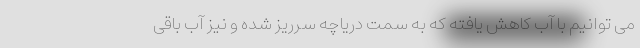
می توانیم با آب کاهش یافته که به سمت دریاچه سرریز شده و نیز آب باقی